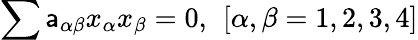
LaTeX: \sum\mathsf{a}_{\alpha\beta}x_{\alpha}x_{\beta}=0,\ \left[\alpha,\beta=1,2,3,4\right]